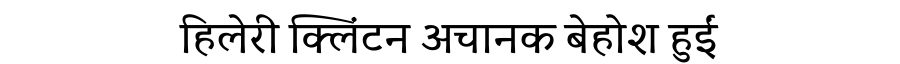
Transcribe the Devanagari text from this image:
हिलेरी क्लिंटन अचानक बेहोश हुईं